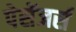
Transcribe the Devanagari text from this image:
पेसेंजर्स